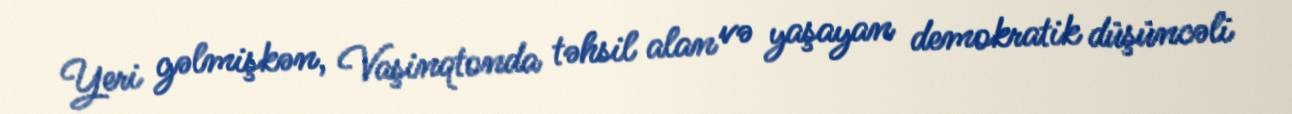
Yeri gəlmişkən, Vaşinqtonda təhsil alan və yaşayan demokratik düşüncəli